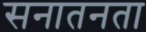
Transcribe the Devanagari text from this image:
सनातनता